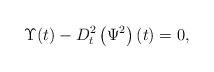
\begin{align*} \Upsilon(t) -D^2_t\left(\Psi^2\right)(t)=0,\end{align*}